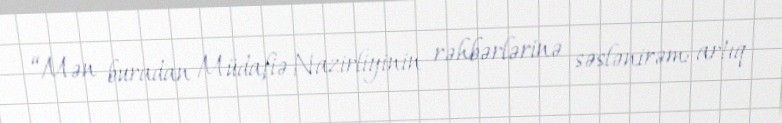
“Mən buradan Müdafiə Nazirliyinin rəhbərlərinə səslənirəm: artıq